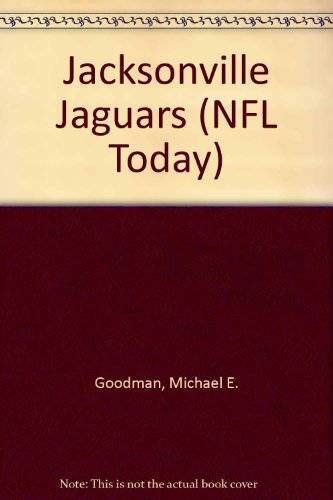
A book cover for Jacksonville Jaguars (NFL Today); Michael E. Goodman; Teen & Young Adult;